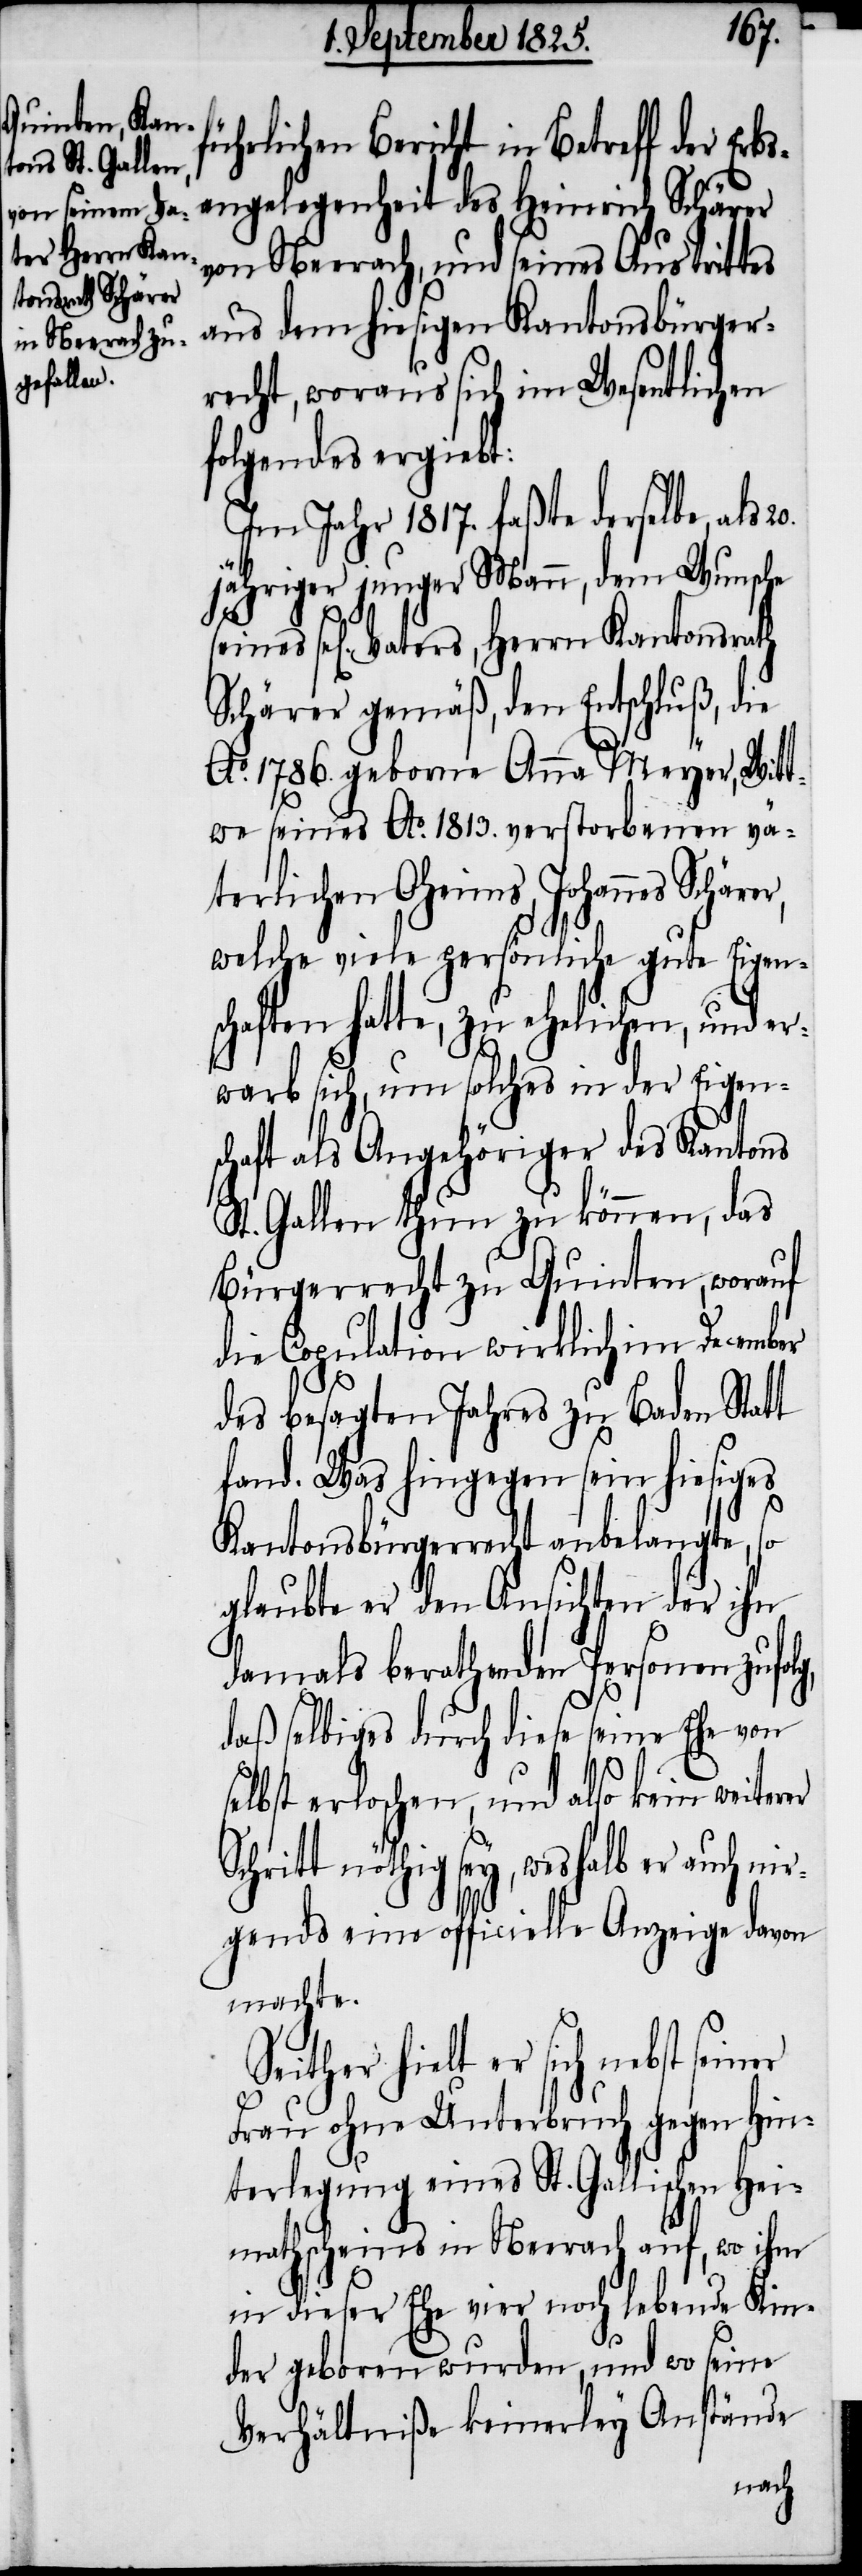
S¬
führlichen Bericht in Betreff der Erb¬
sangelegenheit des Heinrich Schärer
von Neerach, und seines Austrittes
aus dem hiesigen Kantonsbürger¬
recht, woraus sich im Wesentlichen
folgendes ergiebt.
Im Jahr 1817. faßte derselbe, als
jähriger junger Mann, dem Wunsche
sel[igen] Vaters, Herrn Kantonsrath
Schärer gemäß, den Entschluß, die
Ao. 1786. geborne Anna Meyer, Witt¬
we seines Ao. 1813. verstorbenen vä¬
terlichen Oheims, Johannes
welche viele persönliche gute Eigens¬
chaften hatte, zu ehelichen, und er¬
warb sich, um solches in der Eigens¬
chaft als Angehöriger des Kantons
St. Gallen thun zu können, das
Bürgerrecht zu Quinten, worauf
die Capitulation wirklich im December
des besagten Jahres zu Baden Statt
fand. Was hingegen sein hiesiges
Kantonsbürgerrecht anbelangte, so
glaubte er den Ansichten der ihn
damals berathenden Personen zufol¬
daß selbiges durch diese seine Ehe von
selbst erloschen, und also kein weiterer
chritt nöthig sey, weshalb er auch ni¬
rgends eine officielle Anzeige davon
machte.
Seither hielt er sich nebst
Frau ohne Unterbruch gegen Hin¬
terlegung eines St. Gallischen Hei¬
mathscheins in Neerach auf, wo ihm
in dieser Ehe vier noch lebende Kin¬
der geboren wurden, und wo seine
Verhältniße keinerley Anstände